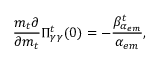
\frac { m _ { t } \partial } { \partial m _ { t } } \Pi _ { \gamma \gamma } ^ { t } ( 0 ) = - \frac { \beta _ { \alpha _ { e m } } ^ { t } } { \alpha _ { e m } } ,